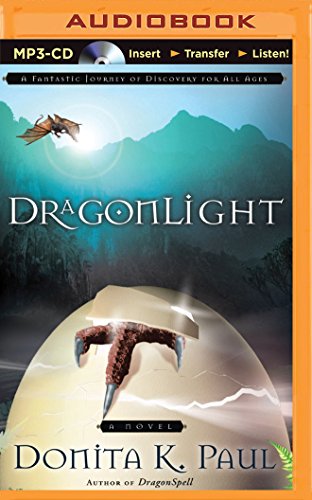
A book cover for DragonLight (DragonKeeper Chronicles); Donita K. Paul; Christian Books & Bibles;